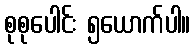
စုစုပေါင်း ၅ယောက်ပါ။